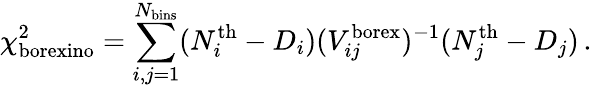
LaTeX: \chi_{\mathrm{borexino}}^{2}=\sum_{i,j=1}^{N_{\mathrm{bins}}}(N_{i}^{\mathrm{th}}-D_{i})(V_{ij}^{\mathrm{borex}})^{-1}(N_{j}^{\mathrm{th}}-D_{j})\, .